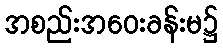
အစည်းအဝေးခန်းမ၌